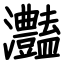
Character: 灎